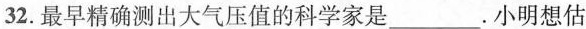
32.最早精确测出大气压值的科学家是___.小明想估